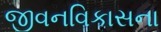
જીવનવિકાસના